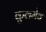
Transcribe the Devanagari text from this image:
कुलमेव